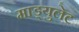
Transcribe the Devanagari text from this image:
माड्युलेट